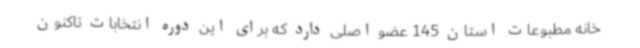
خانه مطبوعات استان 145 عضو اصلی دارد که برای این دوره انتخابات تاکنون